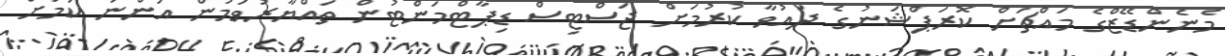
މެނެންޑޭޒްގެ މައްޗަށް ކޮރަޕްޝަނުގެ ދައުވާ ކުރުމަށް ޖަސްޓިސް ޑިޕާޓްމަންޓުން ތައްޔާރުވަމުން އަންނަ ކަމަށް